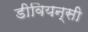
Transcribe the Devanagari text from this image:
डीवियन्सी